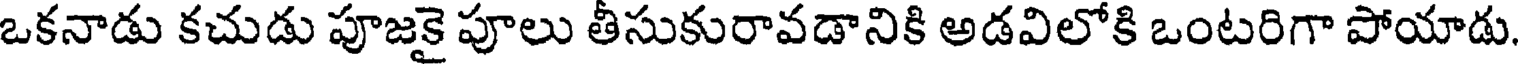
ఒకనాడు కచుడు పూజకై పూలు తీసుకురావడానికి అడవిలోకి ఒంటరిగా పోయాడు